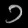
Digit: ၁